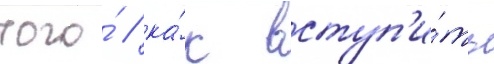
того́ / ка́к вступ'и́ть